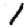
Digit: 1